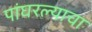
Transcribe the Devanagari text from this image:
पांघरल्याचा